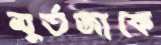
মুর্তজাকে